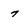
Character: 7